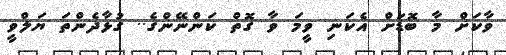
ވާކަށް މާ ބޮޑަށް އެކަނި ވީމަ ވާ ގޮތް ކަންނޭންގެ.. ގުޅާދެންތަ ޔަލްވީ